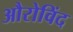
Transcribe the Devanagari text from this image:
औरोविंद